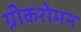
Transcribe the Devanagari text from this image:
ग्रीकरोमन